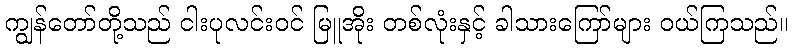
ကျွန်တော်တို့သည် ငါးပုလင်းဝင် မြူအိုး တစ်လုံးနှင့် ခါသားကြော်များ ဝယ်ကြသည်။